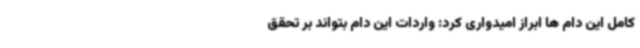
کامل این دام ها ابراز امیدواری کرد: واردات این دام بتواند بر تحقق